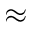
\approx